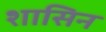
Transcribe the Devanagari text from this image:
शासिन